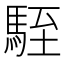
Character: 駤